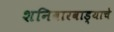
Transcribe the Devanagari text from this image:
शनिवारवाड्याचे